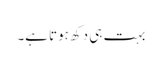
بہت ہی دکھ ہوتا ہے۔